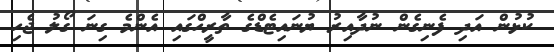
ކުޅުން އަދި ފެނިގެން ނުދާއިރު ޔުނައިޓެޑްގެ ތާރީހްގައި އެންމެ ގިނަ ގޯލު ޖެހި